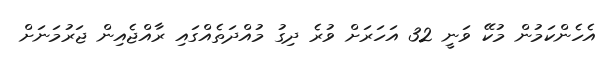
އެހެންކަމުން މުކޭ ވަނީ 32 އަހަރަށް ވުރެ ދިގު މުއްދަތެއްގައި ރާއްޖެއިން ޖަރުމަނަށް